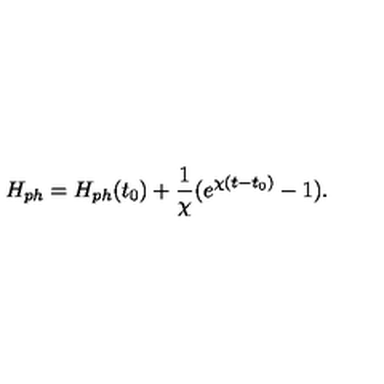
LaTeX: H _ { p h } = H _ { p h } ( t _ { 0 } ) + \frac { 1 } { \chi } ( e ^ { \chi ( t - t _ { 0 } ) } - 1 ) .